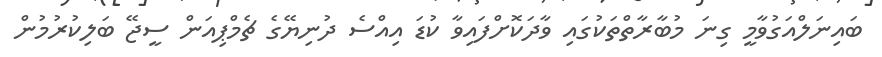
ބައިނަލްއަގުވާމީ ގިނަ މުބާރާތްތަކުގައި ވާދަކޮށްފައިވާ ކުޑަ އިއްސެ ދުނިޔޭގެ ޗެމްޕިއަން ސީޖޭ ބަލިކުރުމުން